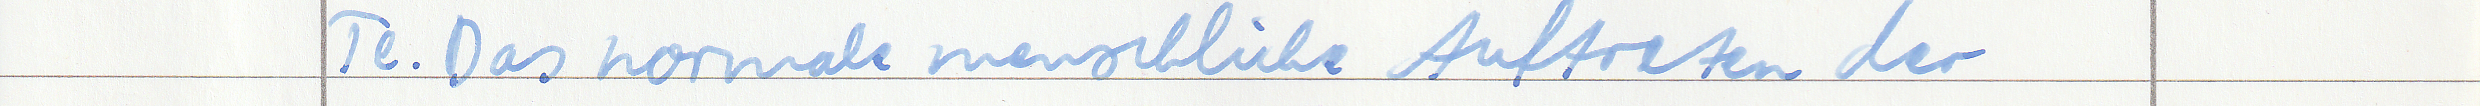
Te. Das normale menschliche Auftreten der